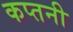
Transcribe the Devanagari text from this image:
कप्तनी